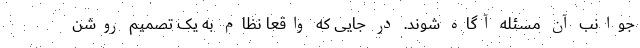
جوانب آن مسئله آگاه شوند. در جایی که واقعاً نظام به یک تصمیم روشن